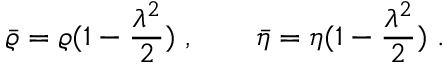
\bar { \varrho } = \varrho ( 1 - \frac { \lambda ^ { 2 } } { 2 } ) ~ , \qquad \bar { \eta } = \eta ( 1 - \frac { \lambda ^ { 2 } } { 2 } ) ~ .